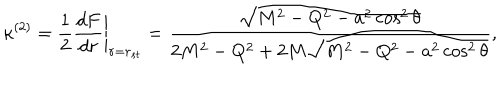
LaTeX: \left. \kappa ^ { ( 2 ) } = \frac { 1 } { 2 } \frac { d F } { d r } \right| _ { r = r _ { s t } } = \frac { \sqrt { M ^ { 2 } - Q ^ { 2 } - a ^ { 2 } \cos ^ { 2 } \theta } } { 2 M ^ { 2 } - Q ^ { 2 } + 2 M \sqrt { M ^ { 2 } - Q ^ { 2 } - a ^ { 2 } \cos ^ { 2 } \theta } } ,